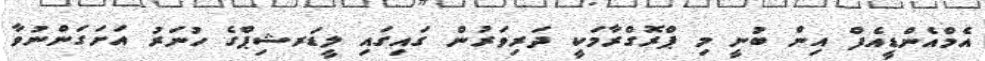
އެމްއެންޑީއެފް އިން ބުނީ މި ޕްރޮގްރާމަކީ ދަރިވަރުން ގައިގައި ލީޑަރޝިޕްގެ ހުނަރު އަށަގަންނުވާ